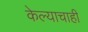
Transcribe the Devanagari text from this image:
केल्याचाही